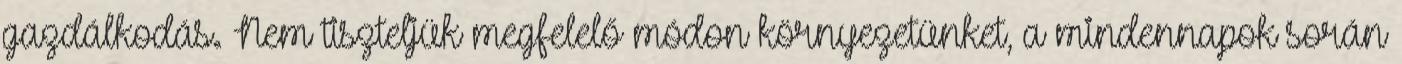
gazdálkodás. Nem tiszteljük megfelelő módon környezetünket, a mindennapok során